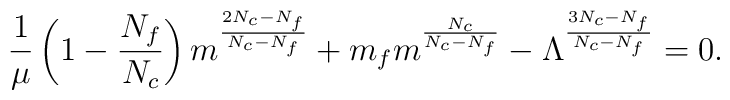
\frac{1}{\mu}\left(1-\frac{N_{f}}{N_{c}}\right)m^{\frac{2N_{c}-N_{f}}{N_{c}-N_{f}}}+m_{f}m^{\frac{N_{c}}{N_{c}-N_{f}}}-\Lambda^{\frac{3N_{c}-N_{f}}{N_{c}-N_{f}}}=0.